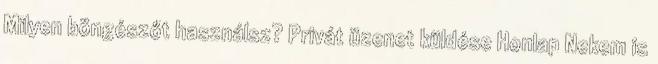
Milyen böngészőt használsz? Privát üzenet küldése Honlap Nekem is